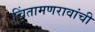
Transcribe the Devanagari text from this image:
चिंतामणरावांची